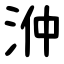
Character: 㳞